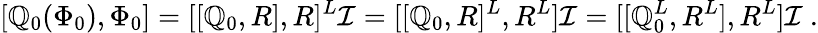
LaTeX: [\mathbb{Q}_{0}(\Phi_{0}),\Phi_{0}]=[[\mathbb{Q}_{0},R],R]^{L}\mathcal{{I}}=[[\mathbb{Q}_{0},R]^{L},R^{L}]\mathcal{{I}}=[[\mathbb{Q}_{0}^{L},R^{L}],R^{L}]\mathcal{{I}}\ .